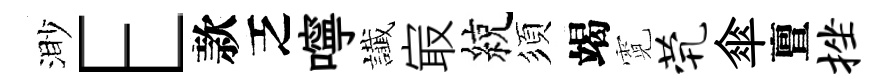
渺E款乏嚀䜟㝡綂須竭霓茕傘亶挫